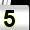
Digit: 5